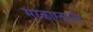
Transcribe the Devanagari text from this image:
सरकारवरची